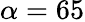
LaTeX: \alpha=65